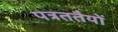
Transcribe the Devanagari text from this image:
पत्रततैयों